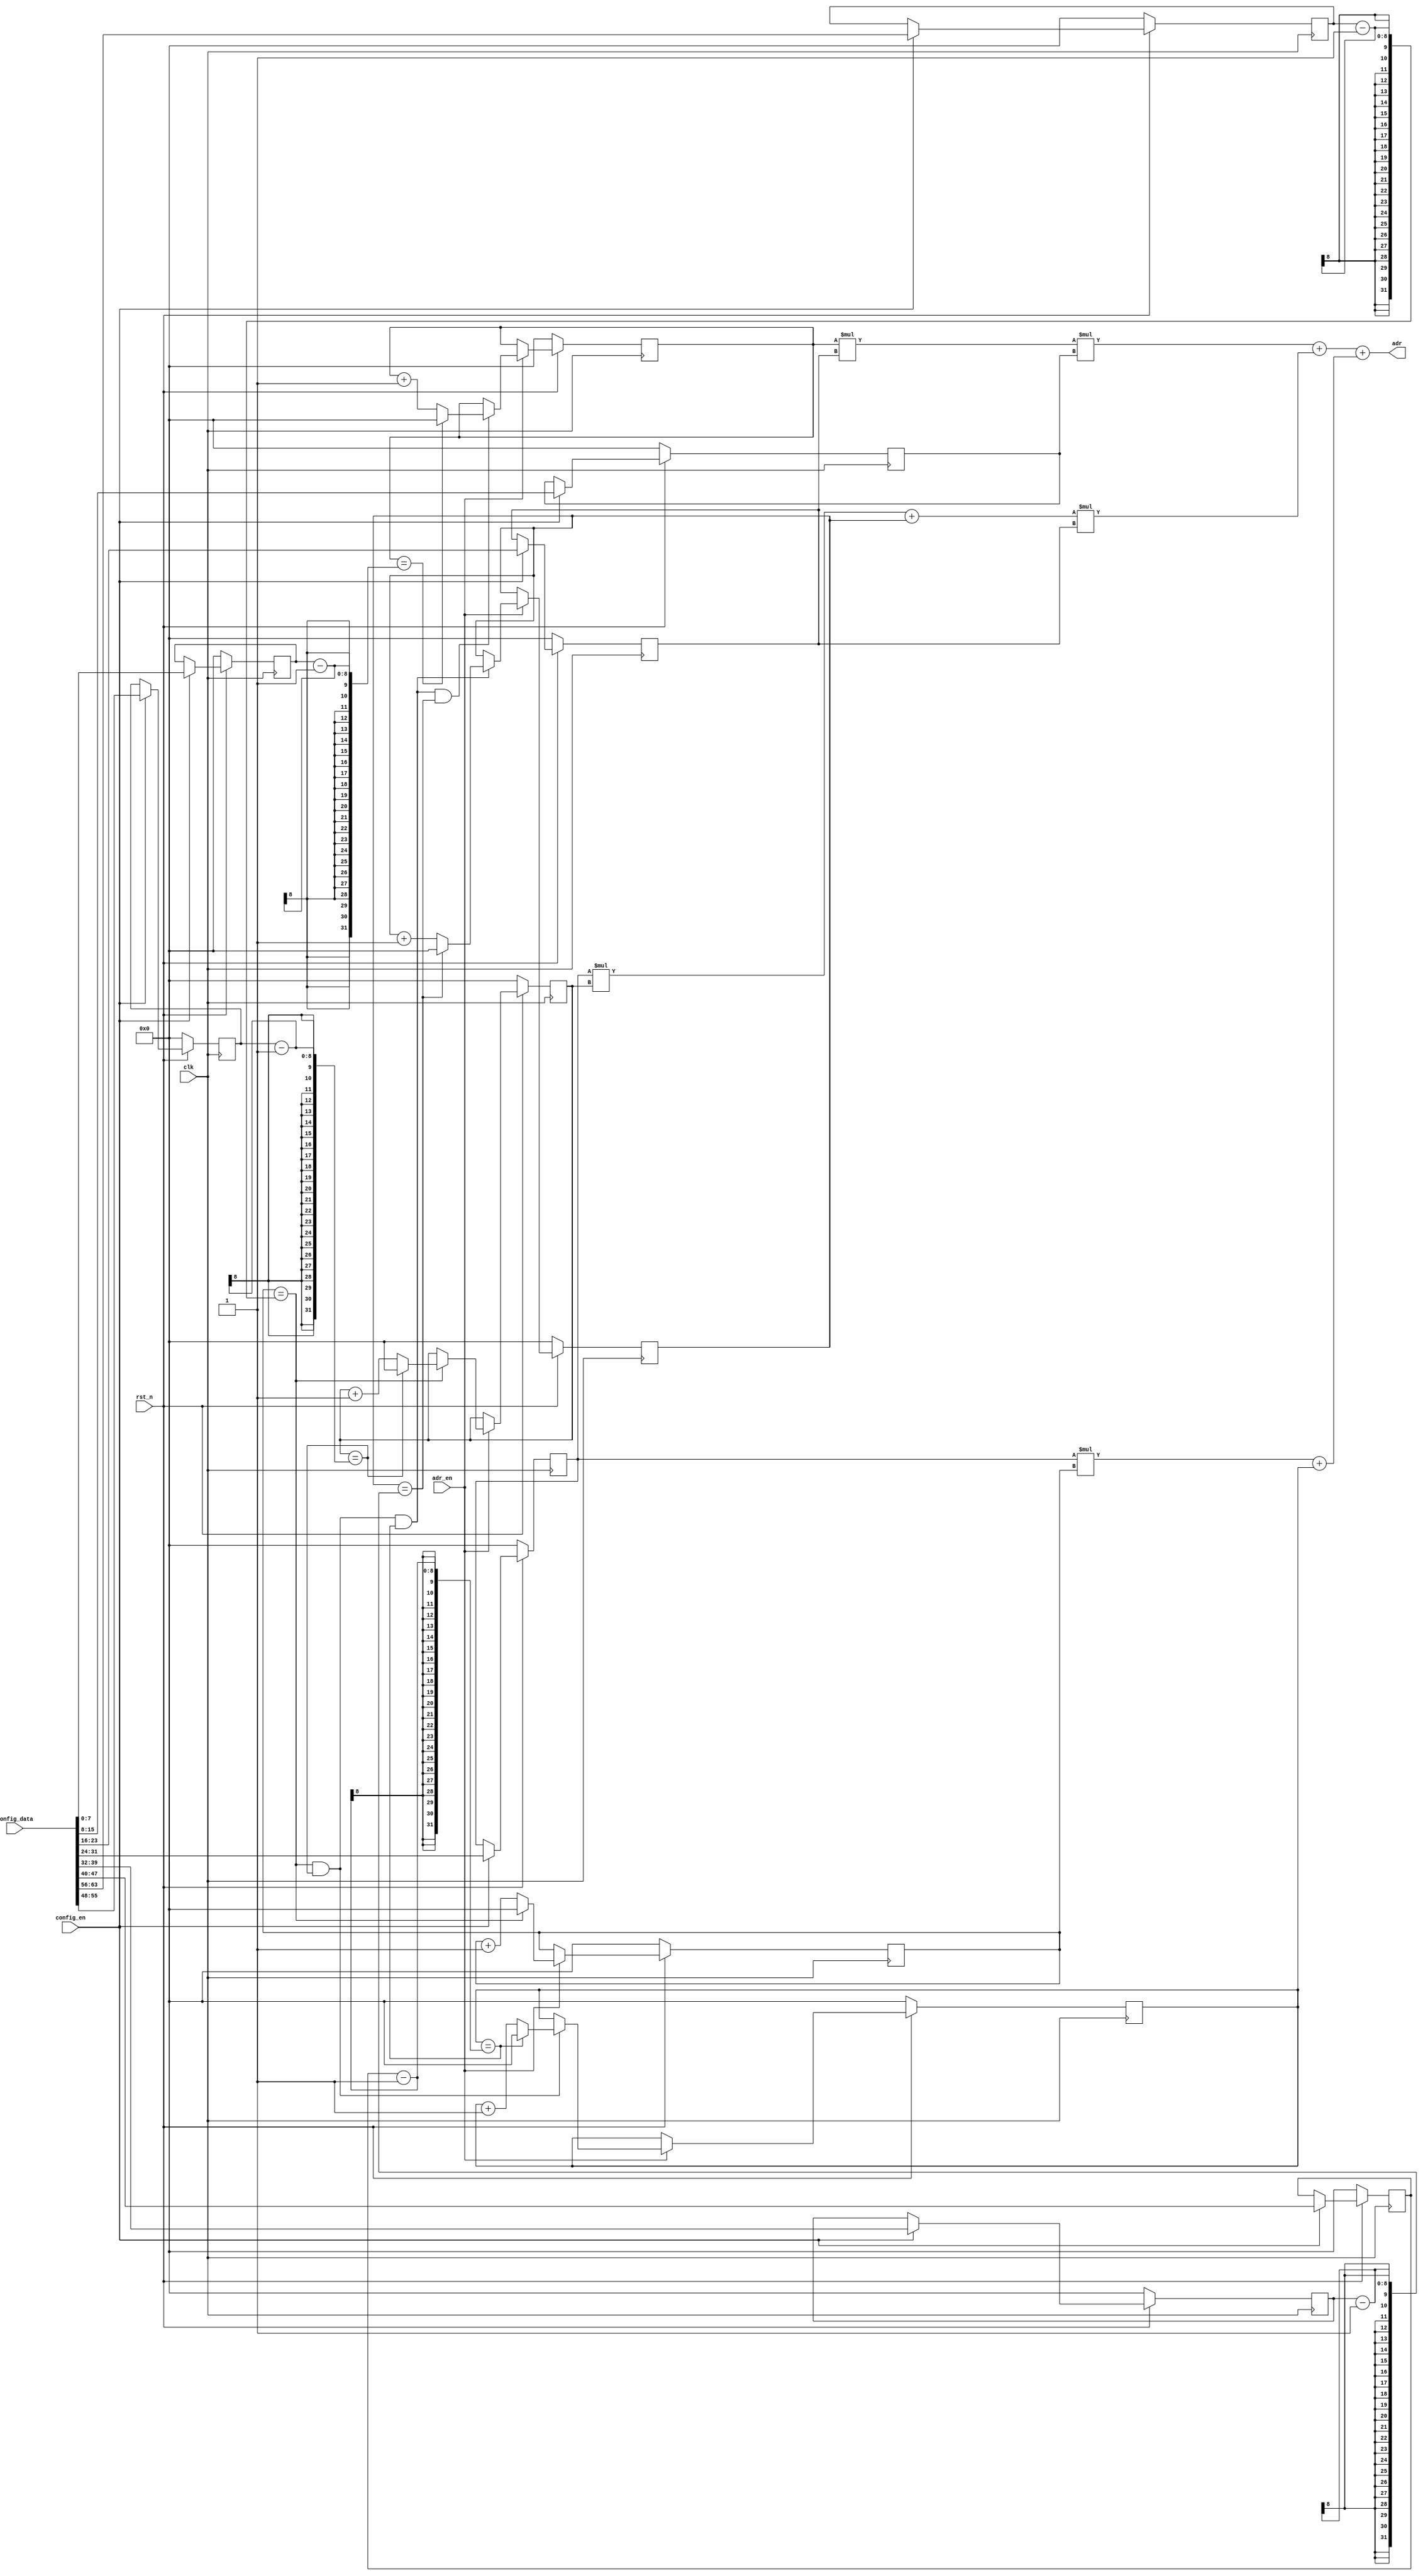
module ifmap_radr_gen
#( 
  parameter BANK_ADDR_WIDTH = 8
)(
  input clk,
  input rst_n,
  input adr_en,
  output [BANK_ADDR_WIDTH - 1 : 0] adr,
  input config_en,
  input [BANK_ADDR_WIDTH*8 - 1 : 0] config_data
);

  reg [BANK_ADDR_WIDTH - 1 : 0] config_OX0, config_OY0, config_FX, config_FY, 
    config_STRIDE, config_IX0, config_IY0, config_IC1;
  
  always @ (posedge clk) begin
    if (rst_n) begin
      if (config_en) begin
        {config_OX0, config_OY0, config_FX, config_FY, config_STRIDE, 
         config_IX0, config_IY0, config_IC1} <= config_data; 
      end
    end else begin
      {config_OX0, config_OY0, config_FX, config_FY, config_STRIDE, 
       config_IX0, config_IY0, config_IC1} <= 0;
    end
  end
  
  // This is the read address generator for the input double buffer. It is
  // more complex than the sequential address generator because there are
  // overlaps between the input tiles that are read out.  We have already
  // instantiated for you all the configuration registers that will hold the
  // various tiling parameters (OX0, OY0, FX, FY, STRIDE, IX0, IY0, IC1, OC1).
  // You need to generate address (adr) for the input buffer in the same
  // sequence as the C++ tiled convolution that you implemented. Make sure you
  // increment/step the address generator only when adr_en is high. Also reset
  // all registers when rst_n is low.  
  
  // Your code starts here
 
  reg [BANK_ADDR_WIDTH - 1 : 0] ox0, oy0, fx, fy, ic1;
  wire [BANK_ADDR_WIDTH - 1 : 0] ix0, iy0, adrc;
  
  always @ (posedge clk) begin
    if (rst_n) begin
      if (adr_en) begin
        ox0 <=  (ox0 == config_OX0 - 1) ? 
          0 : ox0 + 1;
        oy0 <=  (ox0 == config_OX0 - 1) ? 
          ((oy0 == config_OY0 - 1) ? 0 : oy0 + 1) : oy0;
        fx  <= ((ox0 == config_OX0 - 1) && (oy0 == config_OY0 - 1)) ? 
          ((fx == config_FX - 1) ? 0 : fx + 1) : fx;
        fy  <= ((ox0 == config_OX0 - 1) && (oy0 == config_OY0 - 1) && (fx == config_FX - 1)) ? 
          ((fy == config_FY - 1) ? 0 : fy + 1) : fy;
        ic1 <= ((ox0 == config_OX0 - 1) && (oy0 == config_OY0 - 1) && (fx == config_FX - 1) && (fy == config_FY - 1)) ? 
          ((ic1 == config_IC1 - 1) ? 0 : ic1 + 1) : ic1;
      end
    end else begin
      ox0 <= 0;
      oy0 <= 0;
      fx <= 0;
      fy <= 0;
      ic1 <= 0;
    end
  end

  assign ix0 = config_STRIDE * ox0 + fx;
  assign iy0 = config_STRIDE * oy0 + fy;
  assign adrc = ic1 * config_IX0 * config_IY0 + iy0 * config_IX0 + ix0;

  assign adr = adrc[BANK_ADDR_WIDTH - 1 : 0];
  // Your code ends here
endmodule